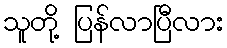
သူတို့ ပြန်လာပြီလား